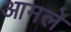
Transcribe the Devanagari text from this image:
आमले